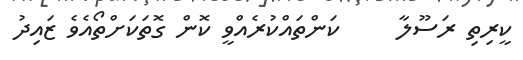
ކީރިތި ރަސޫލާ     ކަންތައްކުރެއްވީ ކޮން ގޮތަކަށްތޯއެވެ ޒައިދު